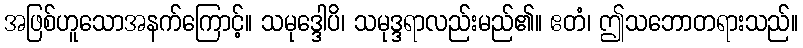
အဖြစ်ဟူသောအနက်ကြောင့်။ သမုဒ္ဒေါပိ၊ သမုဒ္ဒရာလည်းမည်၏။ ဧတံ၊ ဤသဘောတရားသည်။